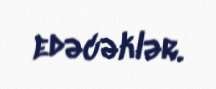
edəcəklər.